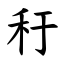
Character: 䄨